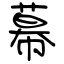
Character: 幕